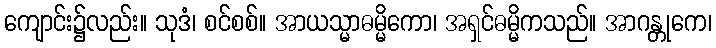
ကျောင်း၌လည်း။ သုဒံ၊ စင်စစ်။ အာယသ္မာဓမ္မိကော၊ အရှင်ဓမ္မိကသည်။ အာဂန္တုကေ၊